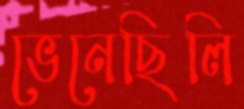
ভেনেছিলি